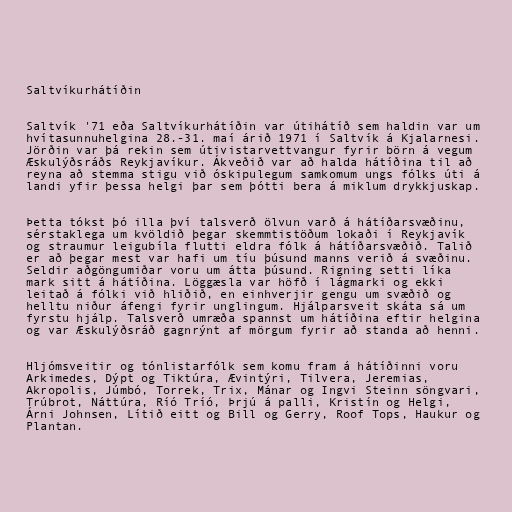
Saltvíkurhátíðin

Saltvík '71 eða Saltvíkurhátíðin var útihátíð sem haldin var um
hvítasunnuhelgina 28.-31. maí árið 1971 í Saltvík á Kjalarnesi.
Jörðin var þá rekin sem útivistarvettvangur fyrir börn á vegum
Æskulýðsráðs Reykjavíkur. Ákveðið var að halda hátíðina til að
reyna að stemma stigu við óskipulegum samkomum ungs fólks úti á
landi yfir þessa helgi þar sem þótti bera á miklum drykkjuskap.

Þetta tókst þó illa því talsverð ölvun varð á hátíðarsvæðinu,
sérstaklega um kvöldið þegar skemmtistöðum lokaði í Reykjavík
og straumur leigubíla flutti eldra fólk á hátíðarsvæðið. Talið
er að þegar mest var hafi um tíu þúsund manns verið á svæðinu.
Seldir aðgöngumiðar voru um átta þúsund. Rigning setti líka
mark sitt á hátíðina. Löggæsla var höfð í lágmarki og ekki
leitað á fólki við hliðið, en einhverjir gengu um svæðið og
helltu niður áfengi fyrir unglingum. Hjálparsveit skáta sá um
fyrstu hjálp. Talsverð umræða spannst um hátíðina eftir helgina
og var Æskulýðsráð gagnrýnt af mörgum fyrir að standa að henni.

Hljómsveitir og tónlistarfólk sem komu fram á hátíðinni voru
Arkimedes, Dýpt og Tiktúra, Ævintýri, Tilvera, Jeremias,
Akropolis, Júmbó, Torrek, Trix, Mánar og Ingvi Steinn söngvari,
Trúbrot, Náttúra, Ríó Tríó, Þrjú á palli, Kristín og Helgi,
Árni Johnsen, Lítið eitt og Bill og Gerry, Roof Tops, Haukur og
Plantan.